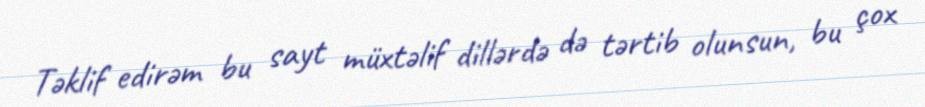
Təklif edirəm bu sayt müxtəlif dillərdə də tərtib olunsun, bu çox